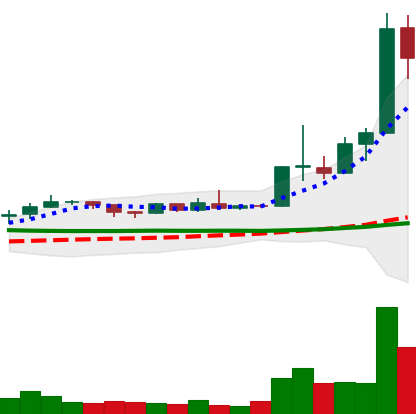
Ticker: ETC-USD
Chart end date: 2019-04-08
Forward return: -11.95%
Label: down_7plus